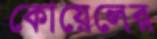
কোয়েলের